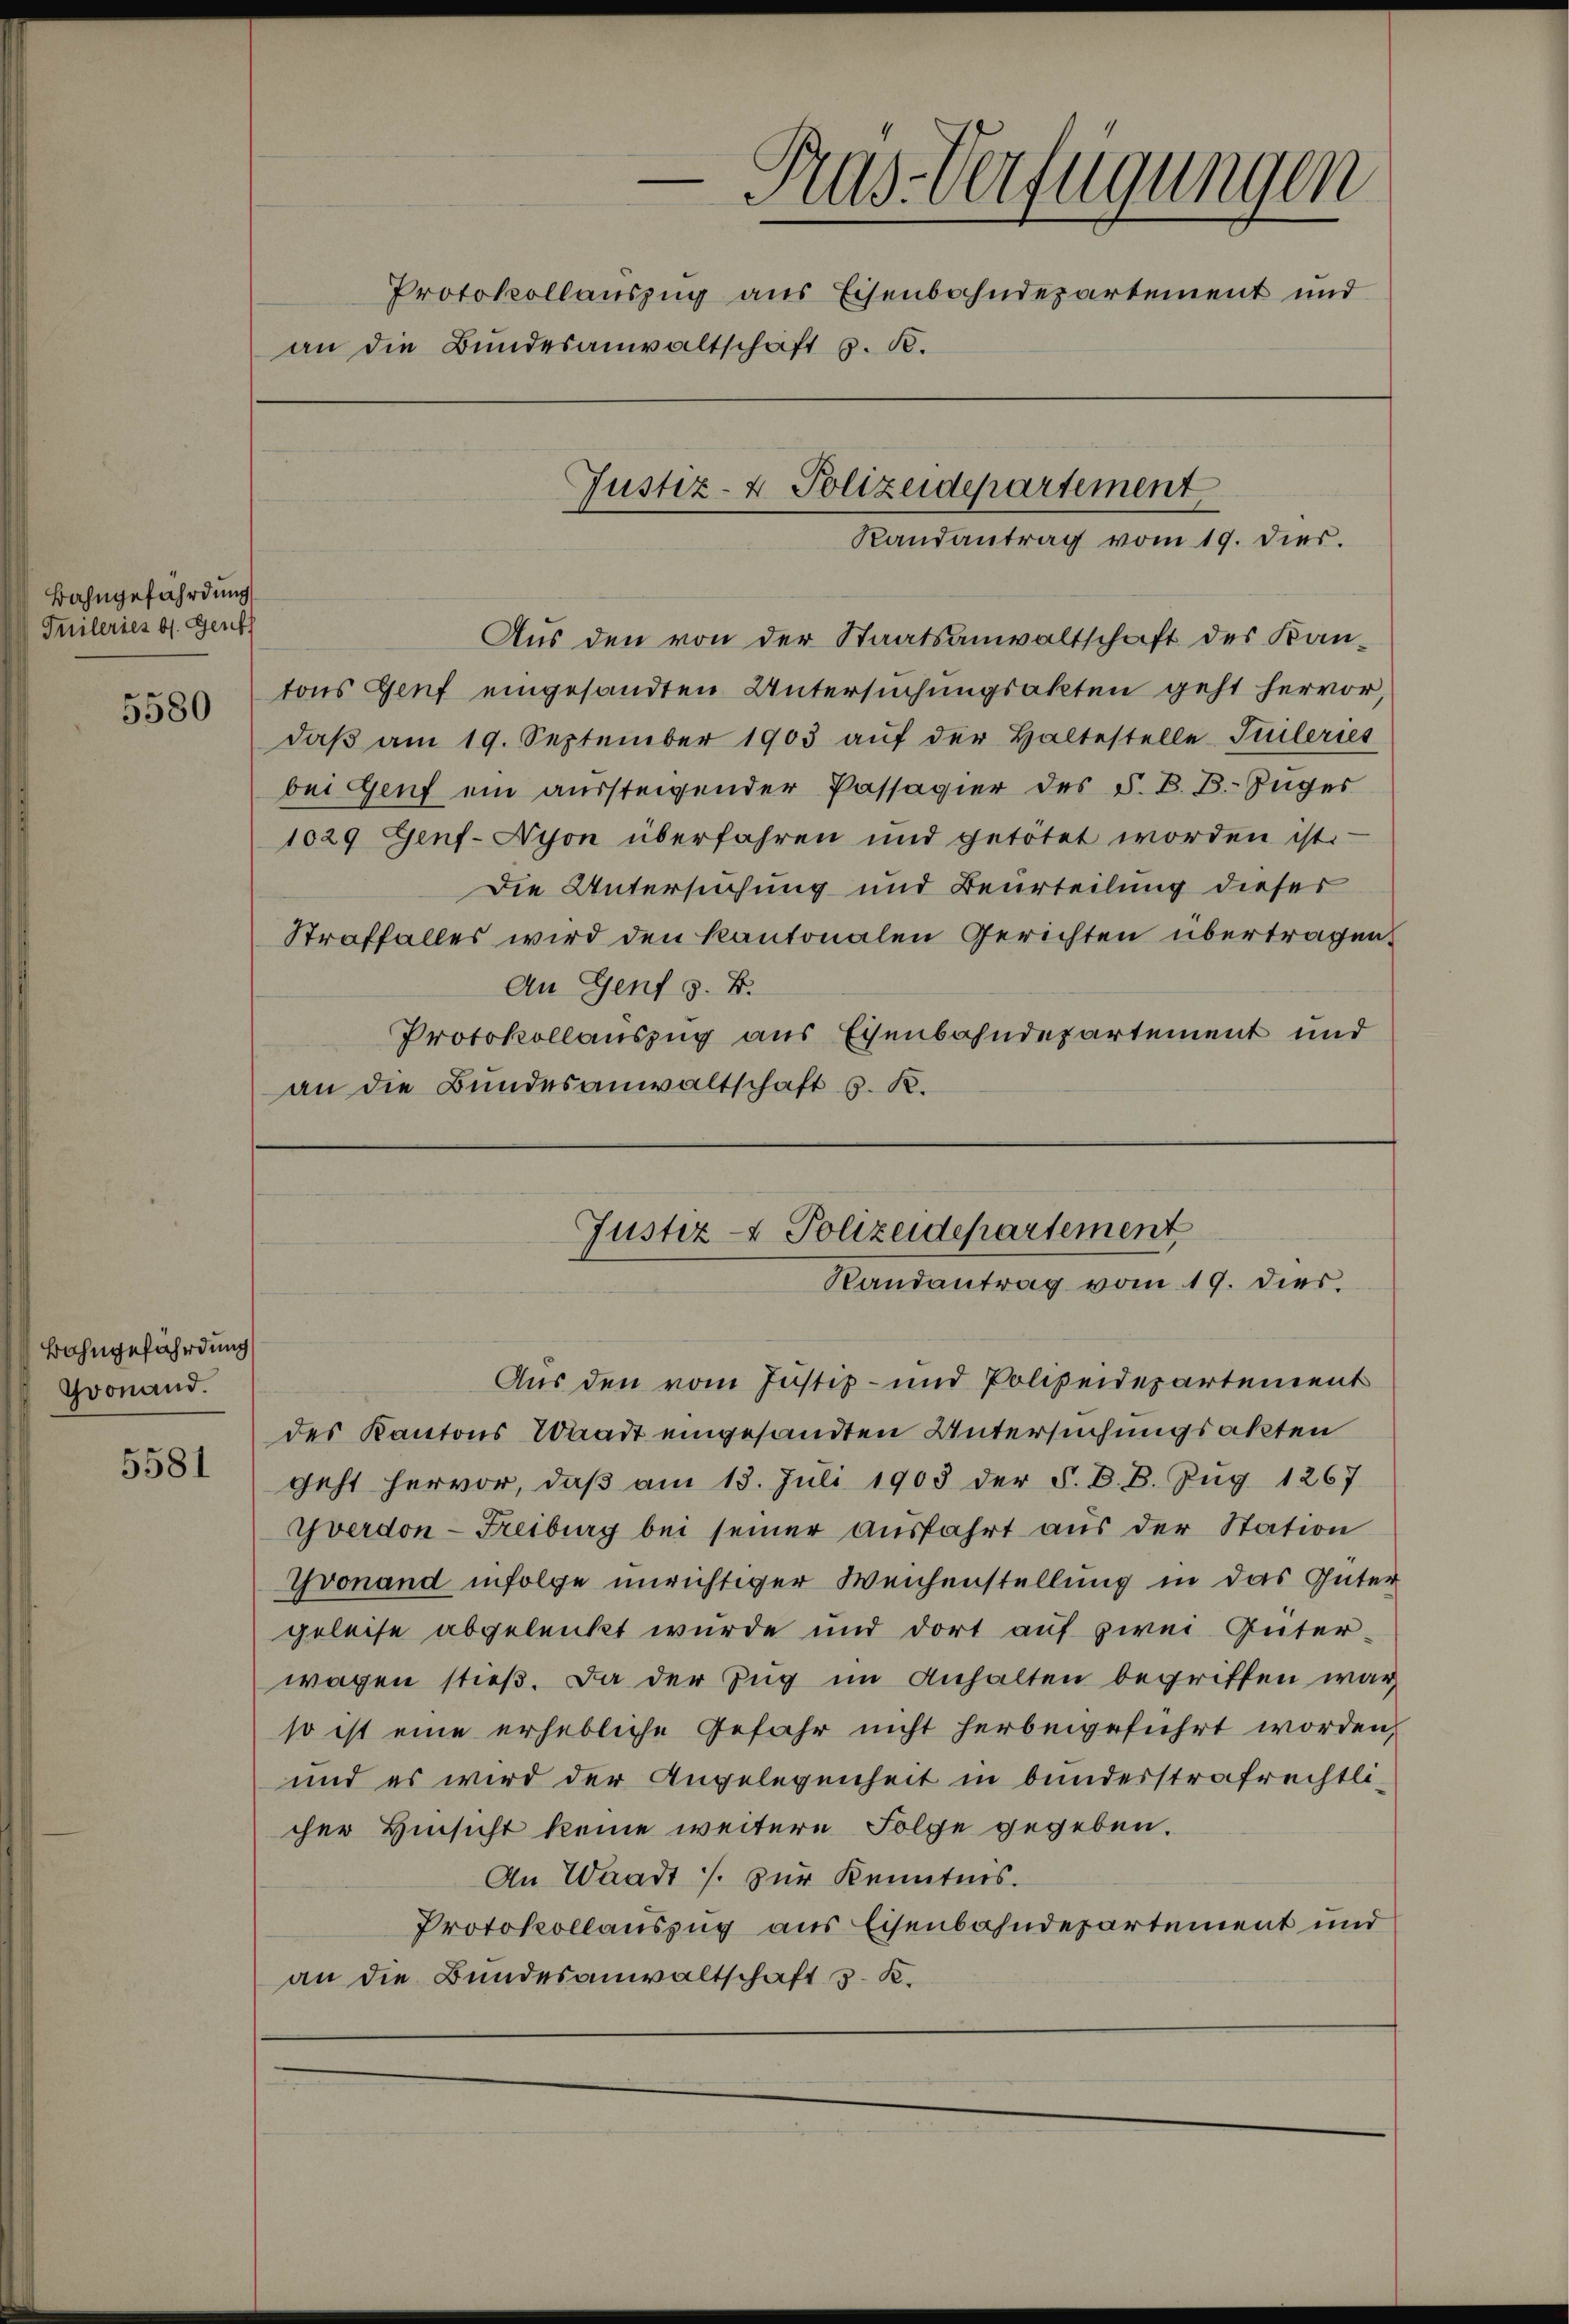
Bahngefährdung
Tnileries b. Genth
5580

Bahngefährdung
Goonand.

5581

Pras-Verfügungen
Protokollauszug aus Eisenbahndepartement und
an die Bundesanwaltschaft z. B.
Justiz- & Polizeidepartement
Randantrag vom 19. dies.

Aus den von der Staatsanwaltschaft des Kan-
tons Genf eingesandten Untersuchungsakten geht hervor
daβ am 19. September 1903 aŭf der Haltestelle Teileries
bei Genf ein aussteigender Passagier des S. B. B. Zuges
1029 Genf-Nyon überfahren und getötet worden ist.
Die Untersuchung und Beurteilung dieser
Straffalles wird den kantonalen Gerichten übertragen.
An Genf z. B.
Protokollauszug aus Eisenbahndepartement und
an die Bundesanwaltschaft s. K.

Aus den vom Justiz- und Polizeidepartement
des Kantons Waadt eingesandten Untersuchungsakten
geht hervor, daß am 13. Juli 1903 der S. D. B. Zug 1267
Yverdon-Freiburg bei seiner ausfahrt aus der Station
Gvonand infolge unrichtiger Weichenstellung in das Güter
geleise abgeleicht wurde und dort auf zwei Güter-
wagen stieß. Da der Zug im Anhalten begriffen war,
so ist eine erhebliche Gefahr nicht herbeigeführt worden,
und es wird der Angelegenheit in bunderstrafrechtlicher Hinsicht keine weitere Folge gegeben.
An Waadt u. zur Kenntnis.
Protokollauszug aus Eisenbahndepartement und
an die Bundesanwaltschaft 3. K.

Justiz- & Polizeidepartement
Randantrag vom 19. dies.